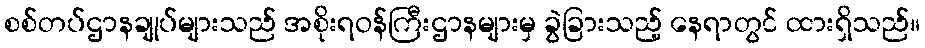
စစ်တပ်ဌာနချုပ်များသည် အစိုးရဝန်ကြီးဌာနများမှ ခွဲခြားသည့် နေရာတွင် ထားရှိသည်။